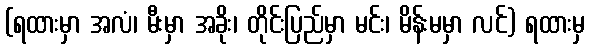
(ရထားမှာ အလံ၊ မီးမှာ အခိုး၊ တိုင်းပြည်မှာ မင်း၊ မိန်းမမှာ လင်) ရထားမှ